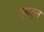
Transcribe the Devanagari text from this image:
पुन्नहून